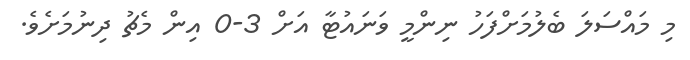
މި މައްސަލަ ބެލުމަށްފަހު ނިންމީ ވަނައުޓާ އަށް 3-0 އިން މެޗު ދިނުމަށެވެ.